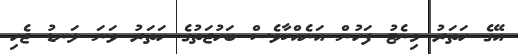
އޭގެ ހަތަރު މިނެޓު ފަހުން އަނެއްކާވެސް ބަހުޖަތުގެ ހަތަރު ވަނަ ލަނޑު ޖެހި